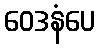
ဝေဒနံပေ